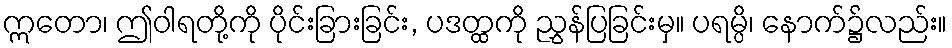
ဣတော၊ ဤဝါရတို့ကို ပိုင်းခြားခြင်း, ပဒတ္ထကို ညွှန်ပြခြင်းမှ။ ပရမ္ပိ၊ နောက်၌လည်း။